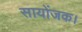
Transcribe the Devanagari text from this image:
सायोंजक।